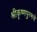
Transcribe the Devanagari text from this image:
श्रीकृष्णपुरमचे